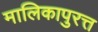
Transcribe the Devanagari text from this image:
मालिकापुरत्त